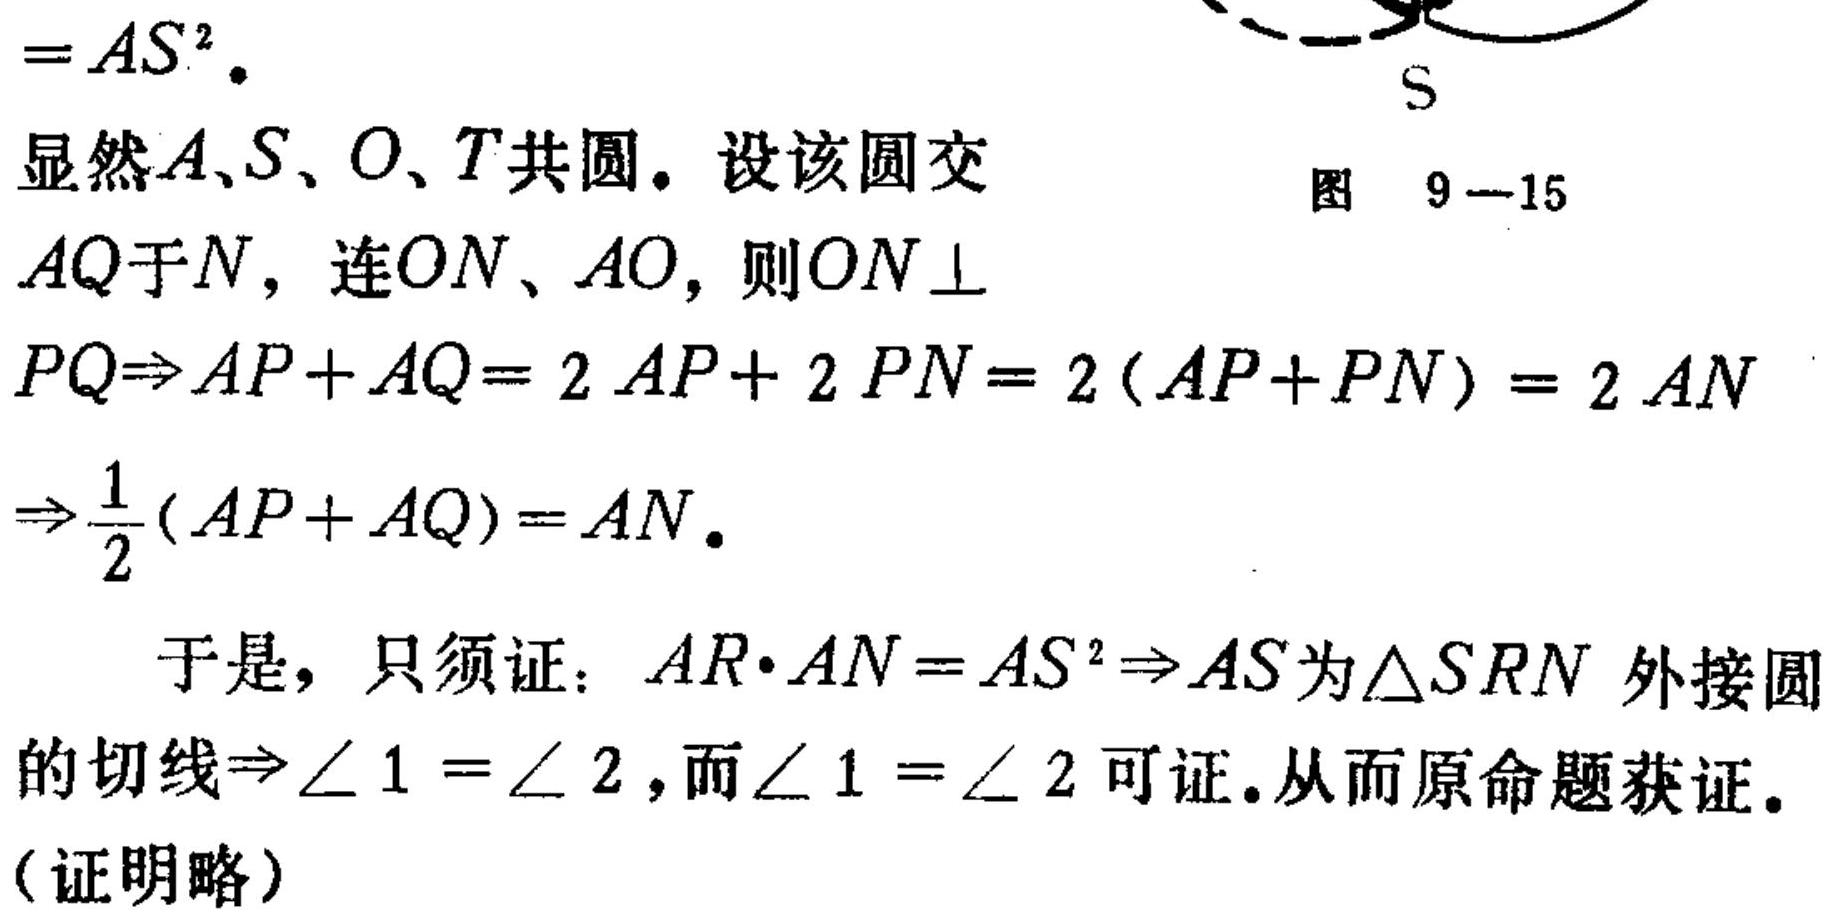
\(=AS^{2}.\)
显然\(A、S、O、T\)共圆. 设该圆交
图 \(9 - 15\)
\(AQ\)于\(N\)，连\(ON、AO\)，则\(ON\perp\)
\(PQ\Rightarrow AP + AQ = 2AP + 2PN = 2(AP + PN)=2AN\)
\(\Rightarrow\frac{1}{2}(AP + AQ)=AN.\)

于是，只须证：\(AR\cdot AN = AS^{2}\Rightarrow AS\)为\(\triangle SRN\)外接圆
的切线\(\Rightarrow\angle 1=\angle 2\)，而\(\angle 1=\angle 2\)可证.从而原命题获证.
(证明略)